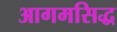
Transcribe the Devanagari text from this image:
आगमसिद्ध